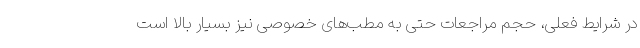
در شرایط فعلی، حجم مراجعات حتی به مطب‌های خصوصی نیز بسیار بالا است